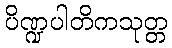
ပိဏ္ဍပါတိကသုတ္တ